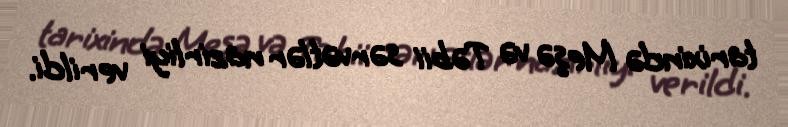
tarixində Meşə və Təbii sərvətlər nazirliyi verildi.